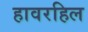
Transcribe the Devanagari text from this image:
हावरहिल